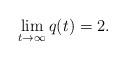
LaTeX: \begin{align*}\lim_{t \rightarrow \infty} q(t) = 2.\end{align*}